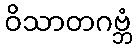
ဝိသာတဂဗ္ဘံ